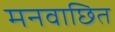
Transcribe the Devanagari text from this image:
मनवाछित